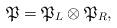
LaTeX: \begin{align*}\mathfrak{P}=\mathfrak{P}_L\otimes \mathfrak{P}_R,\end{align*}